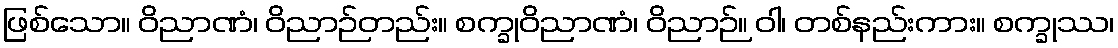
ဖြစ်သော။ ဝိညာဏံ၊ ဝိညာဉ်တည်း။ စက္ခုဝိညာဏံ၊ ဝိညာဉ်။ ဝါ၊ တစ်နည်းကား။ စက္ခုဿ၊